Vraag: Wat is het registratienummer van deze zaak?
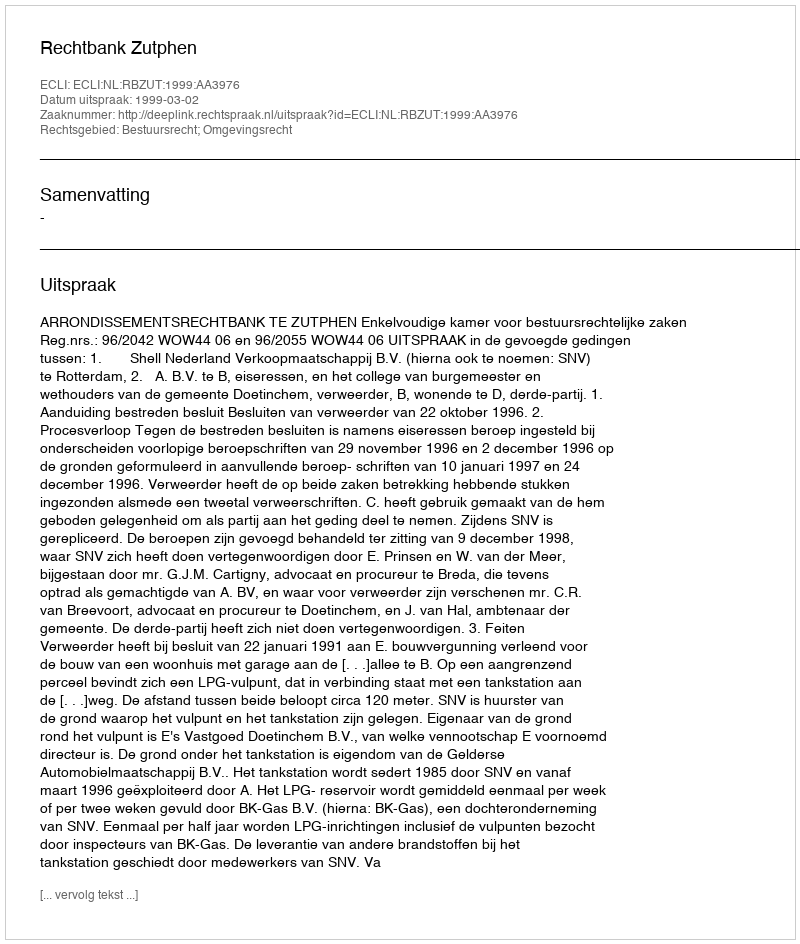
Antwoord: http://deeplink.rechtspraak.nl/uitspraak?id=ECLI:NL:RBZUT:1999:AA3976